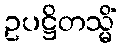
ဥပဋ္ဌိတသ္မိံ